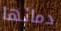
دمائها